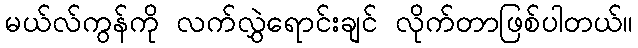
မယ်လ်ကွန်ကို လက်လွှဲရောင်းချင် လိုက်တာဖြစ်ပါတယ်။